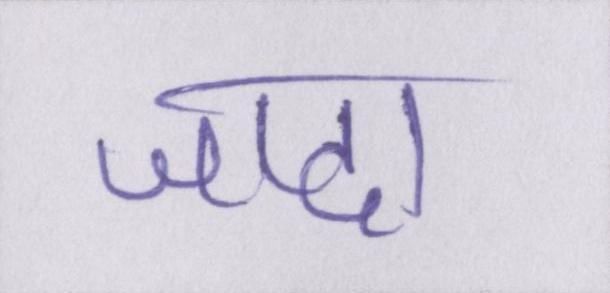
जादा